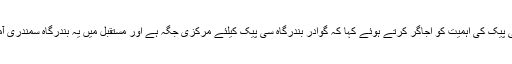
وزیر برائے جہاز رانی نے سی پیک کی اہمیت کو اجاگر کرتے ہوئے کہا کہ گوادر بندرگاہ سی پیک کیلئے مرکزی جگہ ہے اور مستقبل میں یہ بندرگاہ سمندری آمدروفت کا مرکز بن جائے گی۔